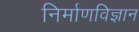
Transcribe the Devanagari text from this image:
निर्माणविज्ञान